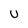
Character: u